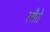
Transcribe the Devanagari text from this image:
लौते